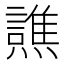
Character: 𰟳